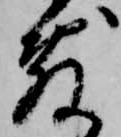
敷